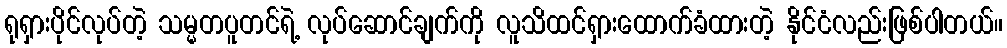
ရုရှားပိုင်လုပ်တဲ့ သမ္မတပူတင်ရဲ့ လုပ်ဆောင်ချက်ကို လူသိထင်ရှားထောက်ခံထားတဲ့ နိုင်ငံလည်းဖြစ်ပါတယ်။